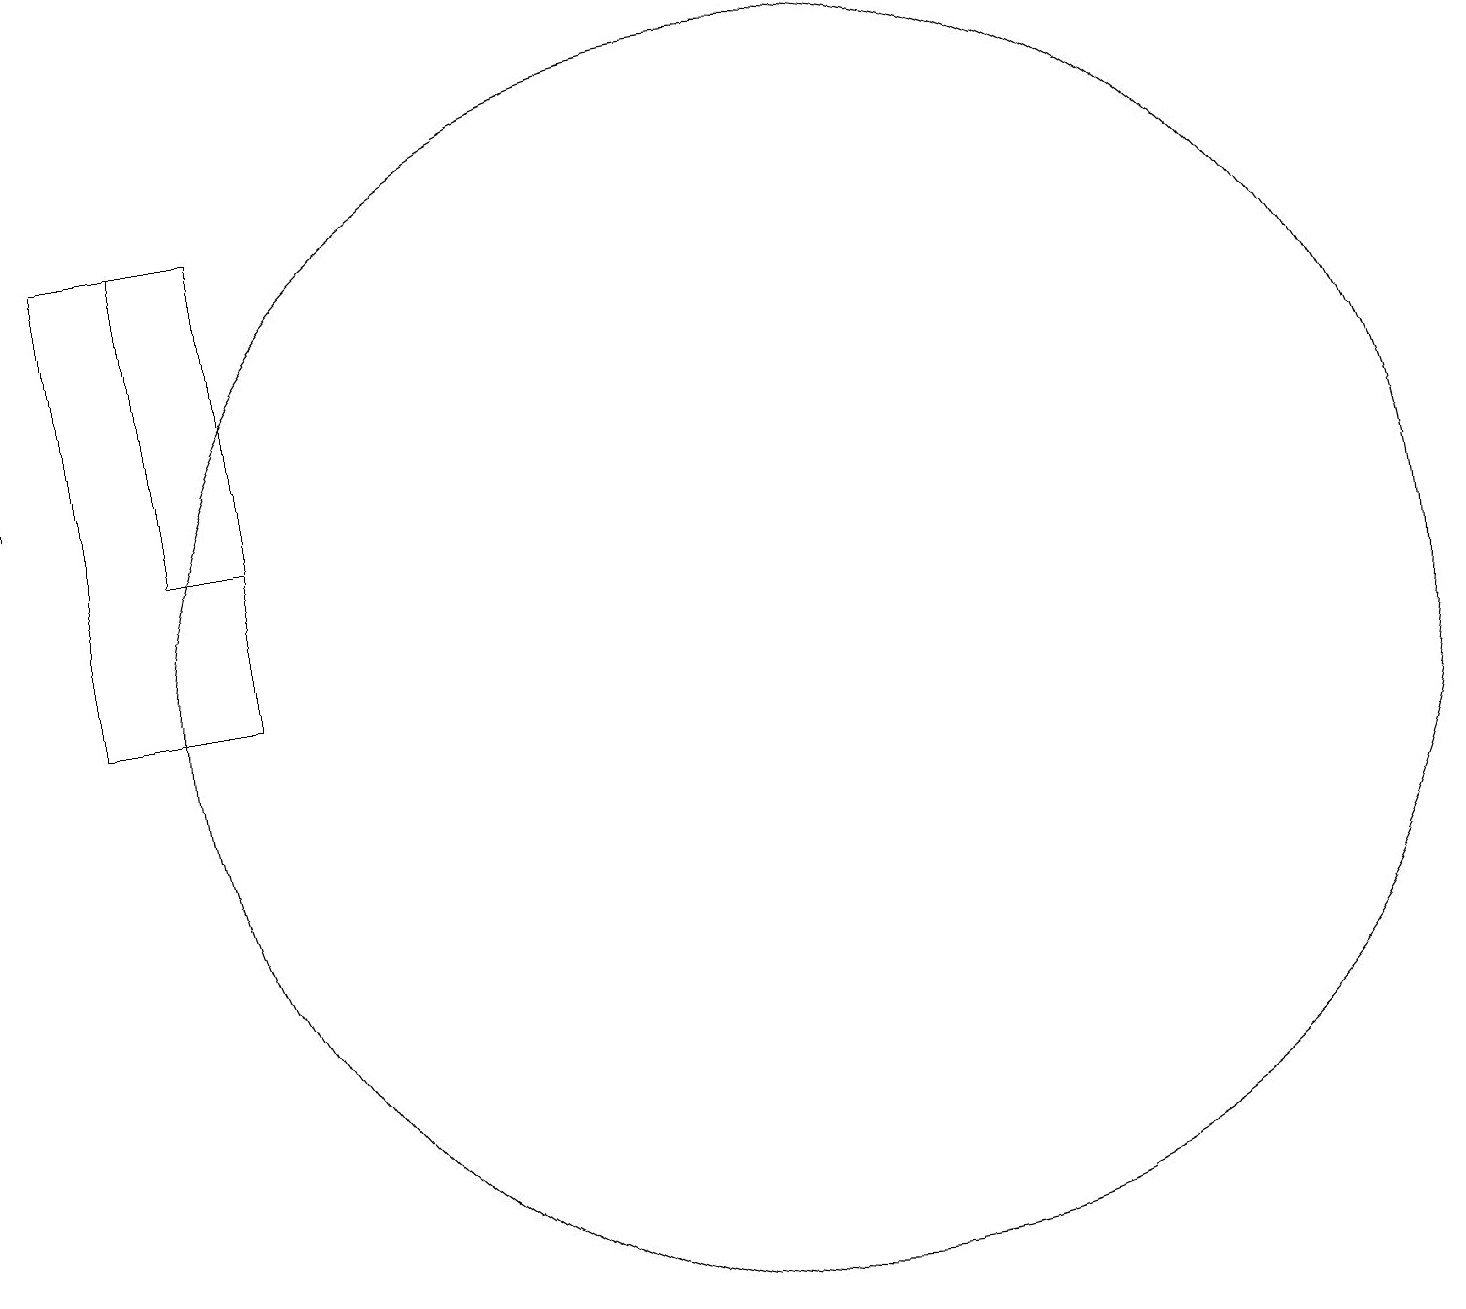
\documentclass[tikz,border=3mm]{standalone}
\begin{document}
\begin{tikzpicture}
\draw[->] (1,13) -- (1,14);
\draw (11,10) circle (8);
\draw (4,16) rectangle (3,12);
\draw (4,10) rectangle (2,16);
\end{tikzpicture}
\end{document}